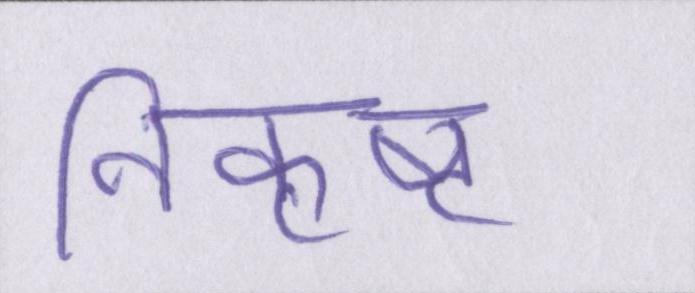
निकृष्ट